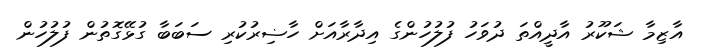
އާޒިމާ ޝަކޫރު އާދީއްތަ ދުވަހު ފުލުހުންގެ އިދާރާއަށް ހާޟިރުކުރި ސަބަބާ ގުޅޭގޮތުން ފުލުހުން